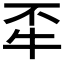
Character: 𤘮